system: You are a helpful assistant.
user:
Analyze the provided spectrum to determine if it is a **"Cataclysmic Variables (CV)"**.

- **Key Indicators for CV (Check for either state):**
    - **State 1: Quiescent / Low-State (Emission-Dominated)**
        - **(Primary):** Strong and *very broad* Hydrogen Balmer emission lines (e.g., $H\alpha$ at 6563 Å, $H\beta$ at 4861 Å). The 'broadness' (high velocity dispersion, often FWHM > 1000 km/s) is the key diagnostic, indicating a high-velocity accretion disk.
        - **(Secondary):** Broad neutral Helium (He I) emission lines (e.g., 5876 Å, 6678 Å).
        - **(Key Confirmation):** Presence of high-excitation *ionized* Helium (He II) emission at 4686 Å. This is a strong indicator of accretion onto a white dwarf.
        - **(Line Profile):** Emission lines may exhibit a 'double-peaked' profile, which is a classic signature of a rotating accretion disk viewed at high inclination.

    - **State 2: Outburst / High-State (Absorption-Dominated)**
        - **(Primary):** Spectrum is dominated by a bright, blue continuum (looks like a hot star).
        - **(Secondary):** The emission lines from State 1 are weak, absent, or 'filled in', and are replaced by broad, shallow *absorption* lines (primarily Balmer and He I).
        - **(Morphology):** The overall spectrum mimics a hot B/A-type star. The crucial difference is that the absorption lines are significantly broader, shallower, and more 'washed-out' (or 'smeared') than the sharp lines of a normal stellar photosphere, due to high rotational speeds and pressure broadening in the disk.

Think first, call **spectral_visualization_tool** if needed to examine features in detail, then provide your final answer. Your response must adhere to the following strict rules:
1.  **Overall Structure:** Your response must follow the format `<think>...</think> <tool_call>...</tool_call> (if a tool is used) <answer>...</answer>`.
2.  **Tool Usage Constraint:** You may only make **one** tool call per turn.
3.  **Final Answer Format:** In the `<answer>` tag, your conclusion must be inside a `\boxed{}` command (e.g., `\boxed{YES}`), followed by your justification.

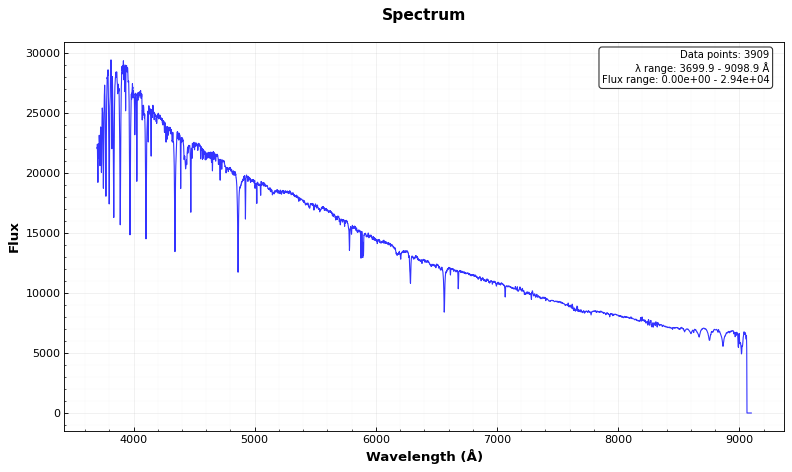
Answer: NO